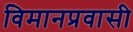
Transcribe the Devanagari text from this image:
विमानप्रवासी